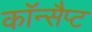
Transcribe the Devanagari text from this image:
कॉन्सैप्ट